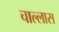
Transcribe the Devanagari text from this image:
चाल्लास